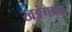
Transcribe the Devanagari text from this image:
खडंगबम